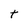
Character: t